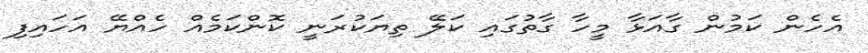
އެހެން ކަމުން ގާއަޅާ މީހާ ގާތުގައި ކަލޭ ތިޔަކުރަނީ ކޮންކަމެއް ހެއްޔޭ އަހައިފި